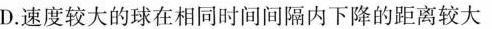
D.速度较大的球在相同时间间隔内下降的距离较大